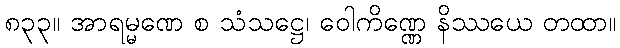
၈၃၃။ အာရမ္မဏေ စ သံသဋ္ဌေ၊ ဝေါကိဏ္ဏေ နိဿယေ တထာ။